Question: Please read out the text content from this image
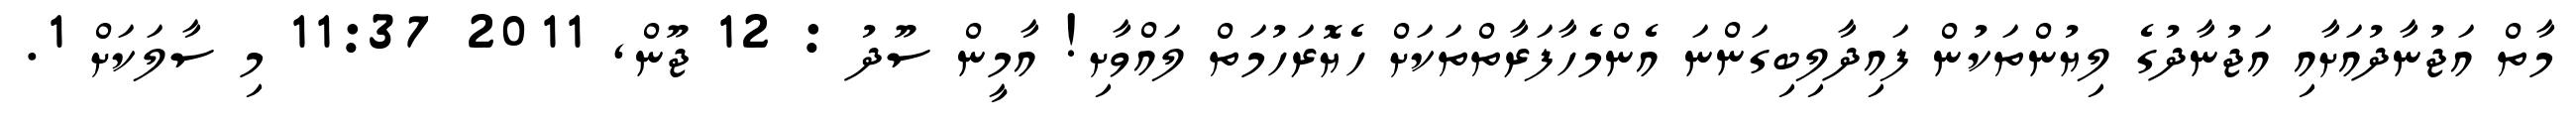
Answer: މާތް އަޖުނާދުއަށާއި އަޖުނާދުގެ ލިޔުންތަކުން ފައިދާލިބިގަންނަ އެންމެހާފަރާތްތަކަށް ހެޔޮރަހުމަތް ލައްވާށި! އާމީން ސޫދު : 12 ޖޫން, 2011 11:37 މި ސާލަކަށް 1.